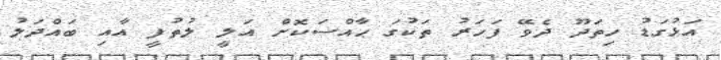
އަޅުގަޑު ހިތަދޫ ދެވޭ ފަހަރު ތަކުގަ ޙާއްސަކޮށް އަލީ ލުތުފީ އާއި ބައްދަލު